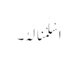
اَسْلَمْنَالَہُ۔